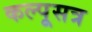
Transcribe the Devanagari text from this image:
कल्पूसत्र